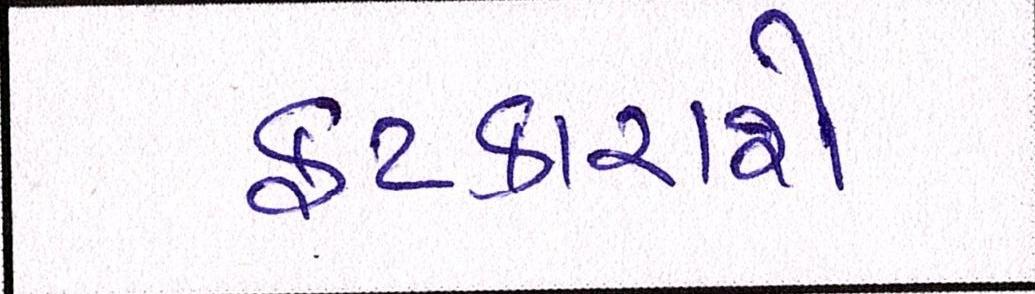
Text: ફટકારાશે